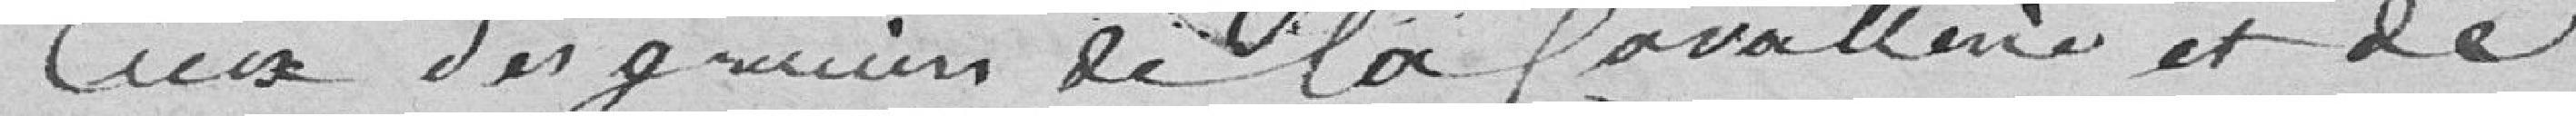
ceux des greniers de la Cavalerie et de